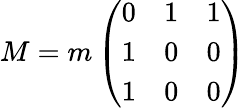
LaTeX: M=m\left(\begin{array}{ccc}{{0}}&{{1}}&{{1}}\\ {{1}}&{{0}}&{{0}}\\ {{1}}&{{0}}&{{0}}\end{array}\right)